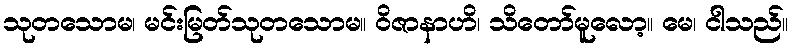
သုတသောမ၊ မင်းမြတ်သုတသောမ။ ဝိဇာနာဟိ၊ သိတော်မူလော့။ မေ၊ ငါသည်။